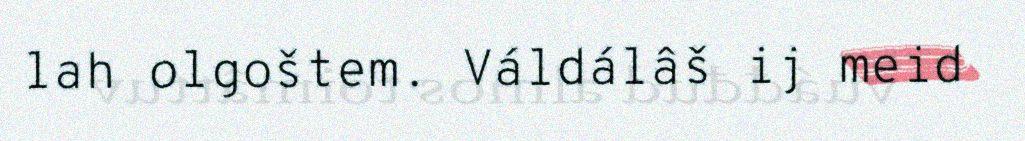
lah olgoštem. Váldálâš ij meid